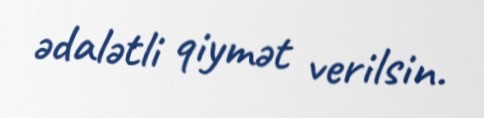
ədalətli qiymət verilsin.